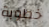
خطوبة